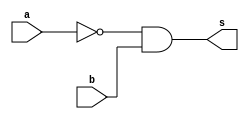
//TRUTH TABLE
 //Nome: Frederico Malaquias Caldeira
 // ---------------------

 module f5a ( output s,
 input a,
 input b );
// definir dado local
 wire xnor_a;
// descrever por portas
 xnor XNOR1 ( xnor_a, a );
 and AND1 ( s, xnor_a, b );
endmodule 

module f5b ( output s,
 input a,
 input b );
// descrever por expressao
 assign s = ~a ^ b;
endmodule // f5b
module test_f5;
// ------------------------- definir dados
 reg x;
 reg y;
 wire a, b;
 f5a moduloA ( a, x, y );
 f5b moduloB ( b, x, y );
// ------------------------- parte principal
 initial
 begin : main
 $display("Exemplo_0505 - Frederico_Malaquias - 05/03/22");
 $display("Test module");
 $display(" x y a b");
 // projetar testes do modulo
 $monitor("%4b %4b %4b %4b", x, y, a, b);
 x = 1'b0; y = 1'b0;
 #1 x = 1'b0; y = 1'b1;
 #1 x = 1'b1; y = 1'b0;
 #1 x = 1'b1; y = 1'b1;
 end
endmodule 

/* previsao de testes 
Test module
 x y a b
   1    1    0    1    
   0    1    1    0
   1    0    1    1
   1    1    0    0
*/
/*
  Codigo testado usando apenas as portas XNOR

 Test module
 x y a b
   0    0    0    1
   0    1    1    0
   1    0    0    0
   1    1    0    1
   */